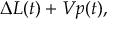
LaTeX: \Delta L ( t ) + V p ( t ) ,